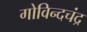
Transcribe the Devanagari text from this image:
गोविन्दचंद्र